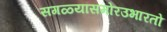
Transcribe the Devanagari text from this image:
सगळ्यांसमोरउभारतो